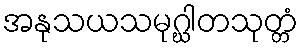
အနုသယသမုဂ္ဃါတသုတ္တံ